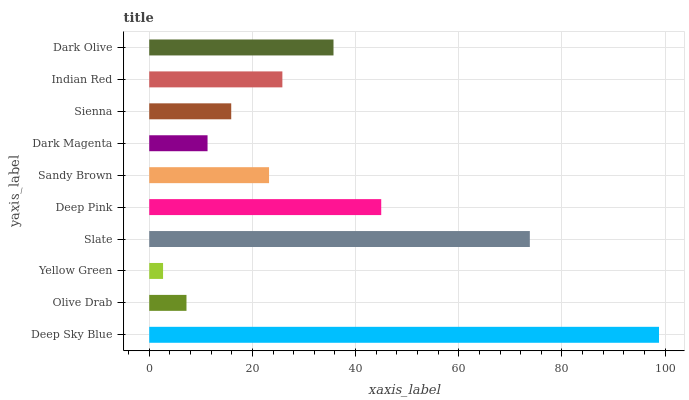
| yaxis_label | bars |
 | --- | --- |
 | Deep Sky Blue | 98.8 |
 | Olive Drab | 7.22 |
 | Yellow Green | 2.68 |
 | Slate | 73.8 |
 | Deep Pink | 45 |
 | Sandy Brown | 23.2 |
 | Dark Magenta | 11.3 |
 | Sienna | 15.9 |
 | Indian Red | 25.8 |
 | Dark Olive | 35.7 |